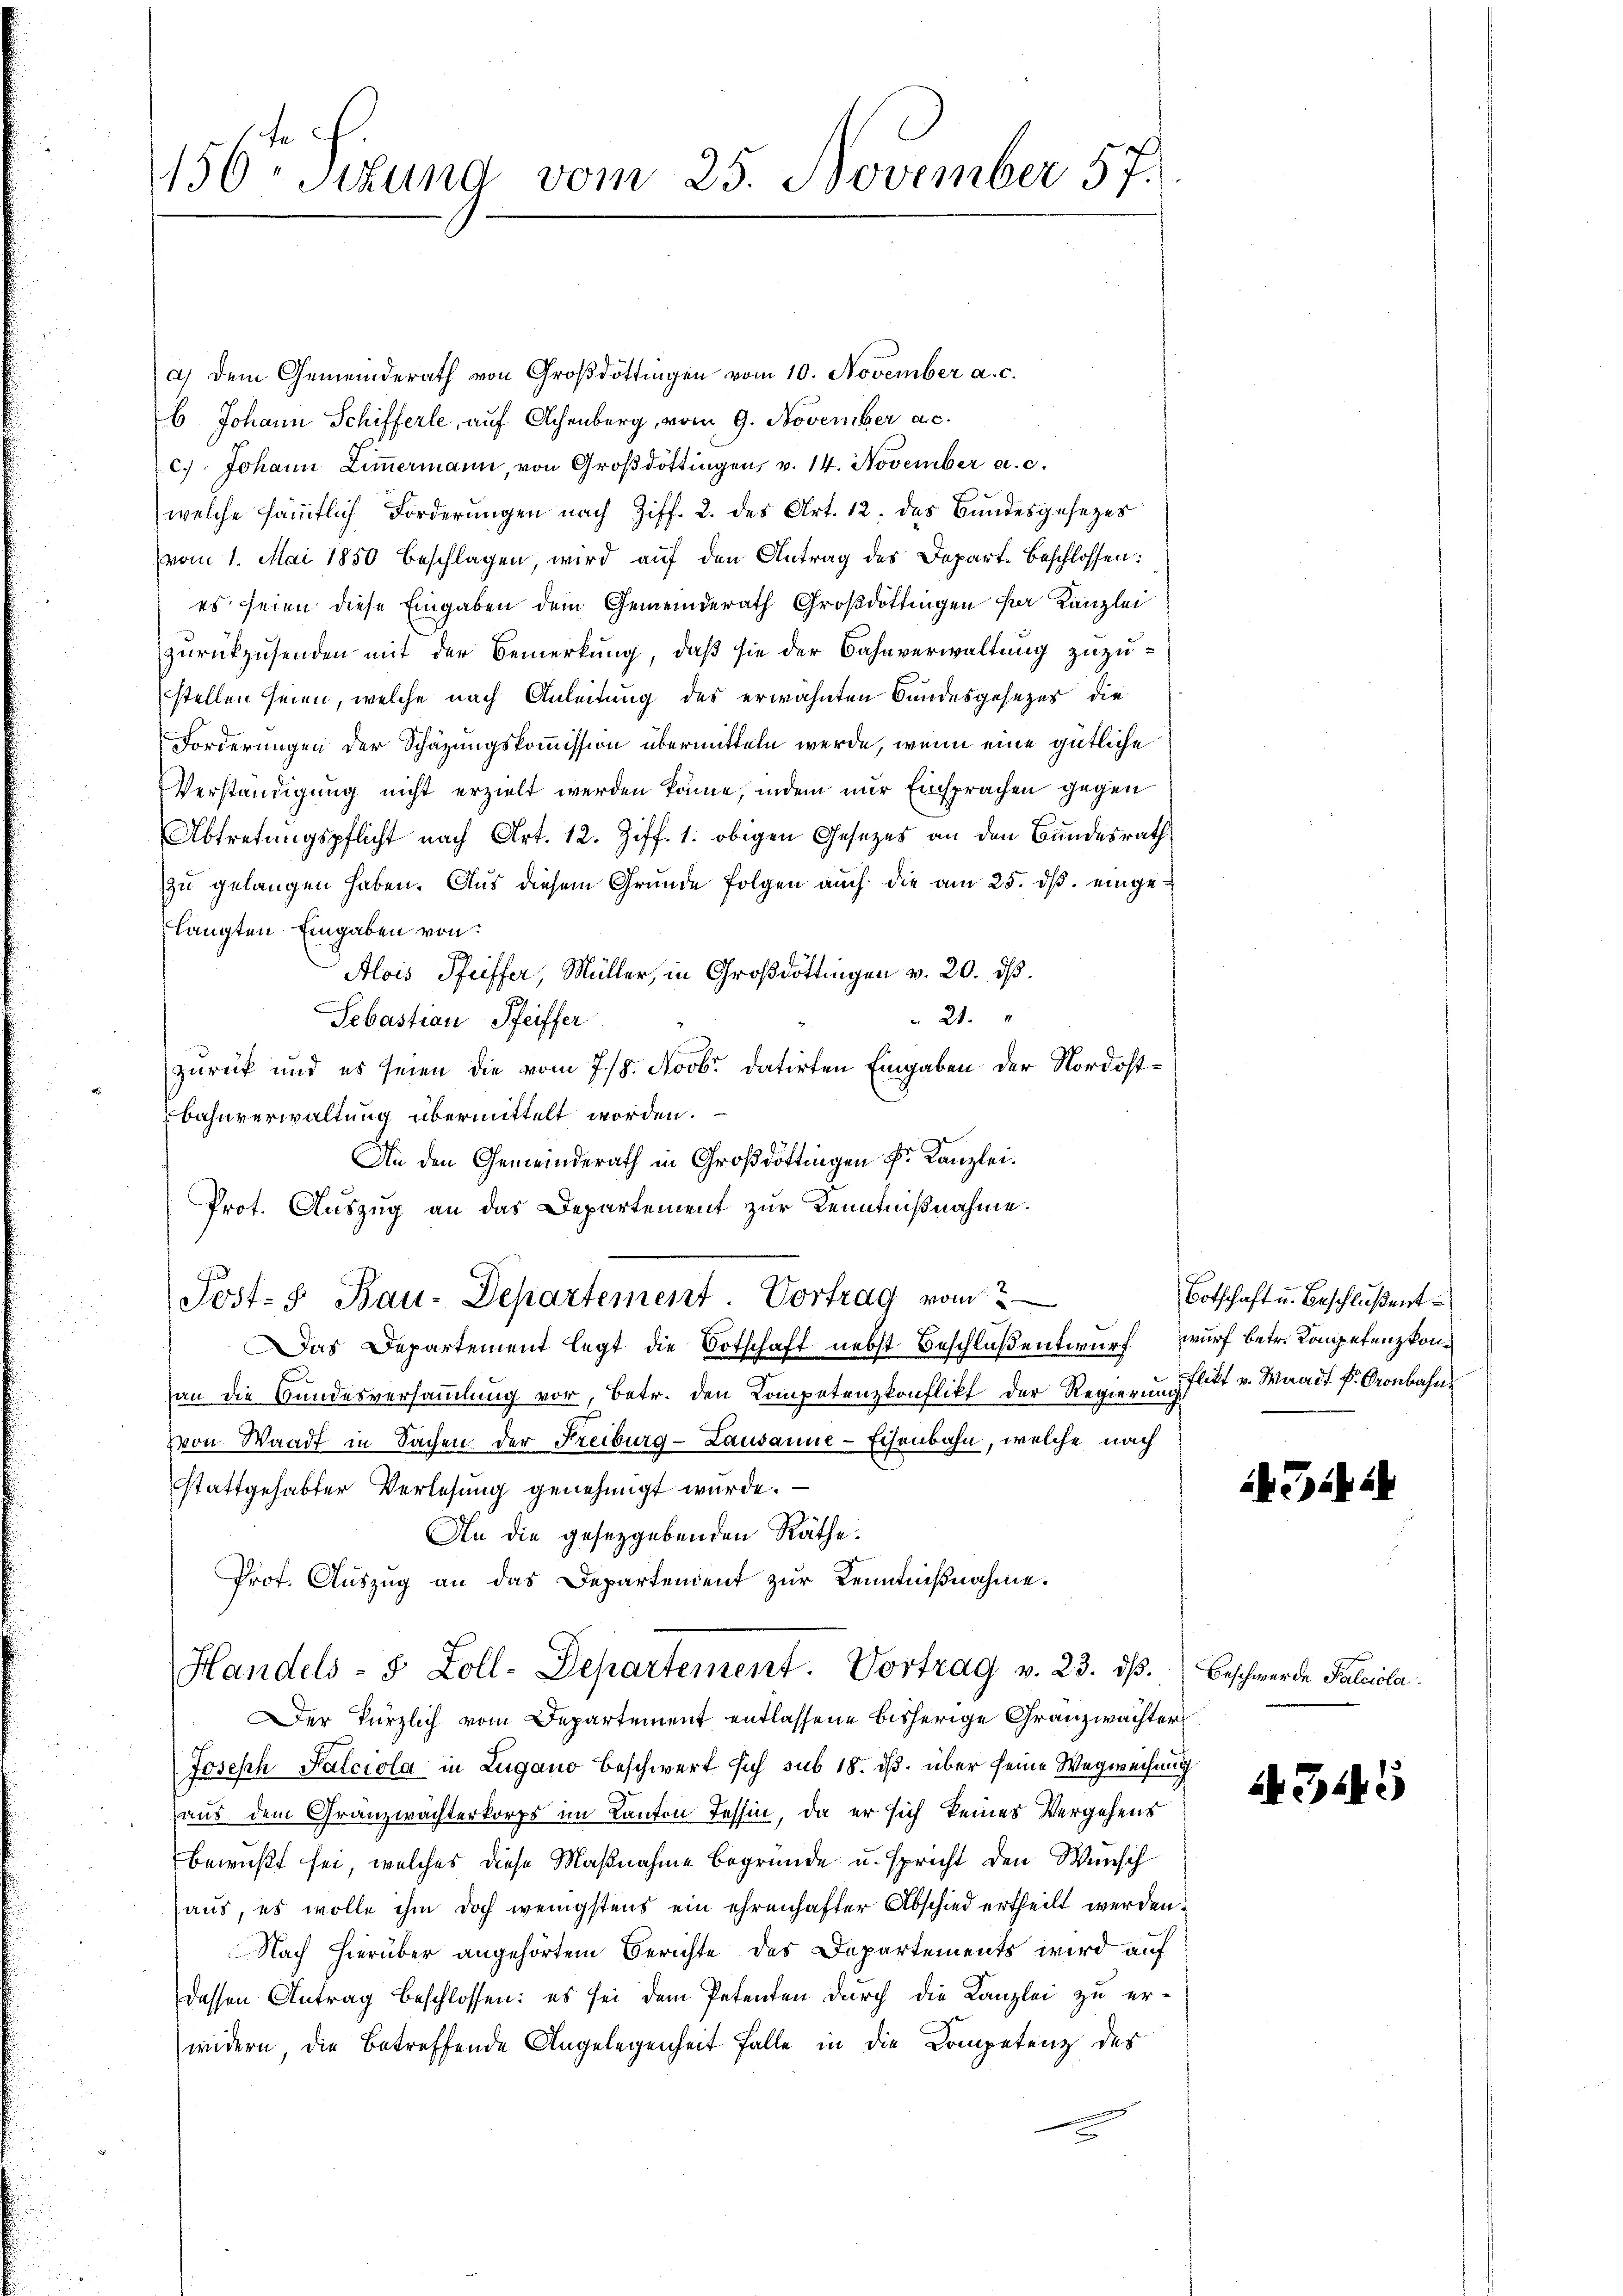
156ten Sizung vom 25. November 57.

a) Dem Gemeinderath von Großdöttingen vom 10. November a. c.
6 Johann Schifferle, auf Achenberg, vom 9. November a.c.
c. Johann Ziṁermann, von Groβdottingen, v. 14. November a. c.
welche sämmtlich Forderungen nach Ziff. 2. des Art. 12. das Bundesgesezes
vom 1. Mai 1850 beschlagen, wird aŭf den Antrag des Depart. Beschlossen:
es seien diese Eingaben dem Gemeinderath Großdottingen der Kanzlei
zurückzusenden mit der Bemerkung, daß sie der Bahnverwaltung zuzustellen seien, welche nach Anleitung des erwähnten Bundesgesezes die
Forderungen der Schazungskommission übermitteln werde, wenn eine gütliche
Verständigung nicht erzielt werden könne, indem nur Einsprachen gegen
Abtretungspflicht nach Art. 12. Ziff. 1. obigen Gesezes an den Bundesrath
zu gelangen haben. Aus diesem Grunde folgen auch die am 25. dß. eingelangten Eingaben von
Alois Pfeiffer, Müller, in Großdöttingen v. 20. ds.
 21.
Sebastian Pfeiffer
zurück und es seien die vom 7./8. Novbr. datirten Eingaben der Nordost¬
Bahnverwaltung übermittelt worden.
An den Gemeinderath in Großdottingen Fr. Kanzlei.
Prot. Auszug an das Departement zur Kenntnißnahme.
a
Jost- 5. Bau-Departement. Vortrag vom
Das Departement legt die Botschaft nebst Beschloßentwurf wurf betr. Kompetenzkonan die Bundesversammlung vor, betr. den Kompetenzkonflikt der Regierung litt v. Waadt P. Cronbahnvon Waadt in Sachen der Freiburg-Lausanne-Eisenbahn, welche nach
stattgehabter Verlesung genehmigt wurde.
An die gesetzgebenden Räthe.
Prof. Auszug an das Departendent zur Kenntnißnahme.
Handels- 8 Zoll-Departement. Vortrag v. 23. ds.
Der kürzlich vom Departement entlassene bisherige Granzwachter
Joseph Falciola in Lugano beschwert sich sub 18. ds. über seine Wegweisung
aus dem Granzwachterkorps im Kanton Tessin, da er sich keines Vergehens
bewußt sei, welches diese Maßnahme begründe u. spricht den Wunsch
aus, es wolle ihm doch wenigstens ein ehrenhafter Abschied ertheilt werden.
Nach hierüber angehörtem Berichte des Departements wird auf
dessen Antrag beschlossen: es sei dem Petenten durch die Kanzlei zu er-
widern, die betreffende Angelegenheit falle in die Kompetenz des

Botschaft u. Beschlußent

14. 32

5

Beschwerde Falcicla

43445